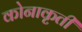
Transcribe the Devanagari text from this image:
कोनाकृती